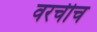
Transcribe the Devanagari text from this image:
वरचीच